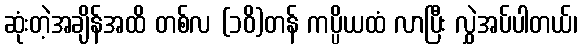
ဆုံးတဲ့အချိန်အထိ တစ်လ (၁၀ိ)တန် ကပ္ပိယထံ လာပြီး လွှဲအပ်ပါတယ်၊